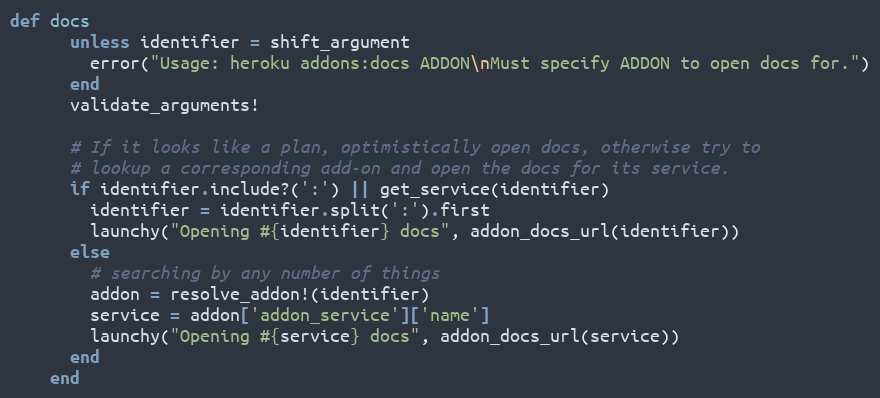
Language: Ruby
def docs
      unless identifier = shift_argument
        error("Usage: heroku addons:docs ADDON\nMust specify ADDON to open docs for.")
      end
      validate_arguments!

      # If it looks like a plan, optimistically open docs, otherwise try to
      # lookup a corresponding add-on and open the docs for its service.
      if identifier.include?(':') || get_service(identifier)
        identifier = identifier.split(':').first
        launchy("Opening #{identifier} docs", addon_docs_url(identifier))
      else
        # searching by any number of things
        addon = resolve_addon!(identifier)
        service = addon['addon_service']['name']
        launchy("Opening #{service} docs", addon_docs_url(service))
      end
    end